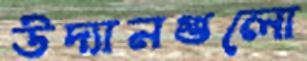
উদ্যানগুলো